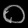
Digit: ၀